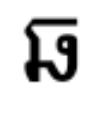
ឆ